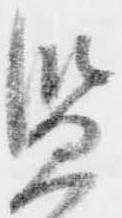
監